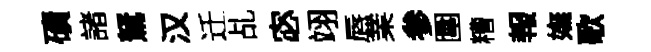
磧諸駑汉迁乩宓翊唇業参圍糟報嫵歌